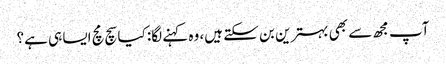
آپ مجھ سے بھی بہترین بن سکتے ہیں، وہ کہنے لگا: کیا سچ مچ ایسا ہی ہے؟